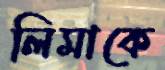
লিমাকে